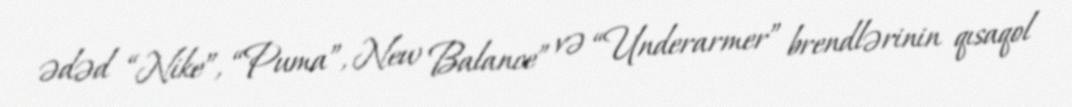
ədəd “Nike”, “Puma”, New Balance” və “Underarmer” brendlərinin qısaqol